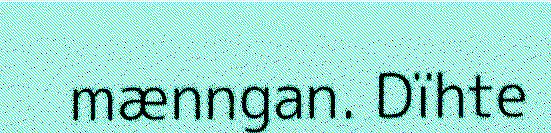
mænngan. Dïhte